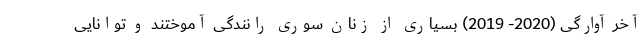
آخر آوارگی (2020- 2019) بسیاری از زنان سوری رانندگی آموختند و توانایی